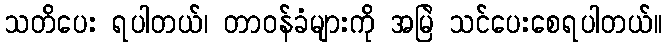
သတိပေး ရပါတယ်၊ တာဝန်ခံများကို အမြဲ သင်ပေးစေရပါတယ်။